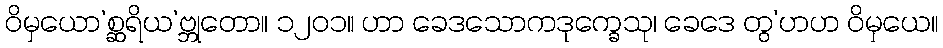
ဝိမှယော’စ္ဆရိယ’ဗ္ဘုတော။ ၁၂၀၁။ ဟာ ခေဒသောကဒုက္ခေသု၊ ခေဒေ တွ’ဟဟ ဝိမှယေ။